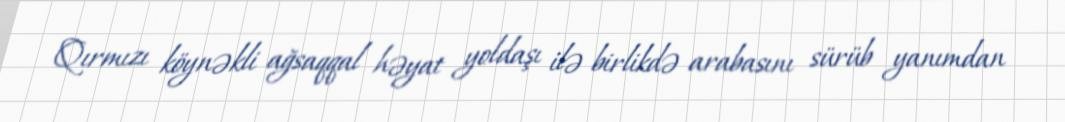
Qırmızı köynəkli ağsaqqal həyat yoldaşı ilə birlikdə arabasını sürüb yanımdan